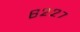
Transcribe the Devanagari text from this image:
६२२७